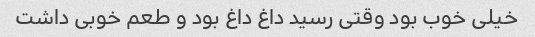
خیلی خوب بود وقتی رسید داغ داغ بود و طعم خوبی داشت